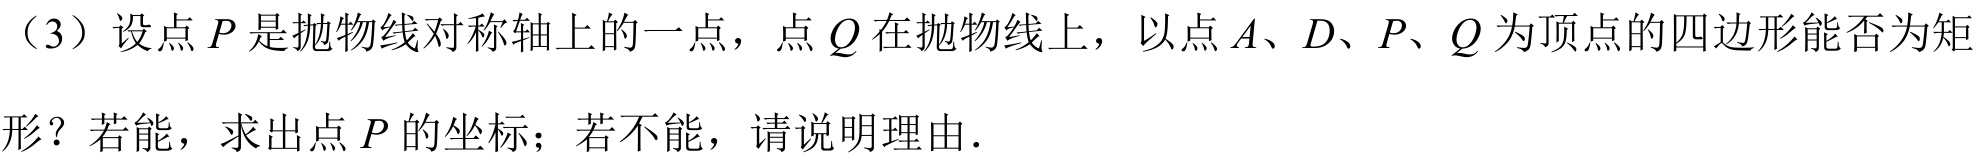
（3）设点\(P\)是抛物线对称轴上的一点，点\(Q\)在抛物线上，以点\(A、D、P、Q\)为顶点的四边形能否为矩形？若能，求出点\(P\)的坐标；若不能，请说明理由.